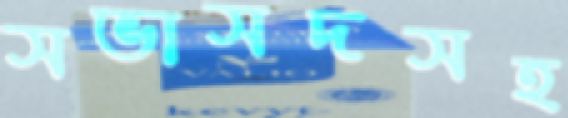
সভাসদসহ